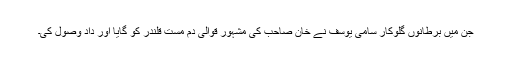
جن میں برطانوں گلوکار سامی یوسف نے خان صاحب کی مشہور قوالی دم مست قلندر کو گایا اور داد وصول کی۔